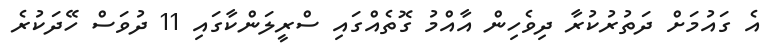
އެ ގައުމަށް ދަތުރުކުރާ ދިވެހިން އާއްމު ގޮތެއްގައި ސްރީލަންކާގައި 11 ދުވަސް ހޭދަކުރެ